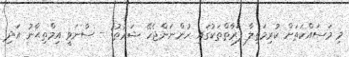
މި މަސައްކަތަށް ކުރިމަތިލާ ފަރާތްތަކުގައި ހުންނަންޖެހޭ ޝަރުޠު: - ސާނަވީ އިމްތިޙާނު އަދި